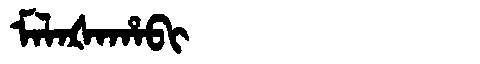
Manchu: ᠮᠠᠯᠠᡧᠠᡥᠠᠪᡳ
Romanization: MALAŠAHABI